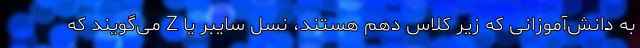
به دانش‌آموزانی که زیر کلاس دهم هستند، نسل سایبر یا Z می‌گویند که